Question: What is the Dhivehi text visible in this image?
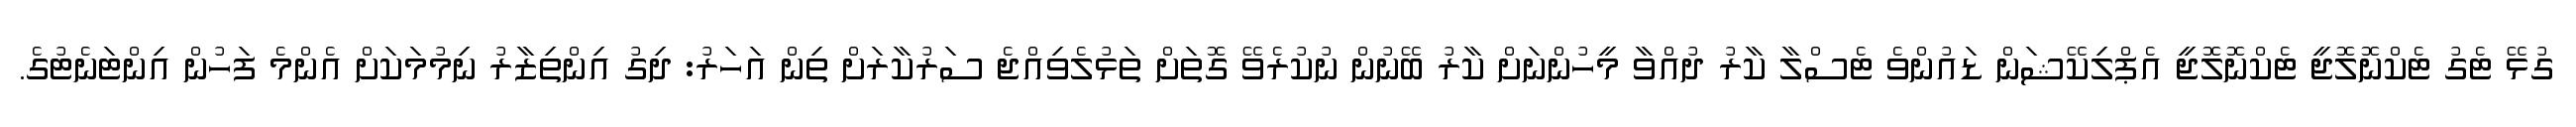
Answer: ގުޅޭ ޓެގު ޓެކްނޮލޮޖީ ޓެކްނޮލޮޖީ އެޕްލިކޭޝަން ޑައުންވެ ޓެސްލާ ކާރު ދުއްވާ މީހުންނަށް ކާރު ބޭނުން ނުކުރެވޭ ގޮތަށް ތަޅުލެވިއްޖެ ސަރުކާރަށް ތިން އަހަރު: ދިގު އިންތިޒާރު ނިމުމަކަށް އެންމެ ފަހުން އިންޓަނެޓުގެ.